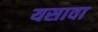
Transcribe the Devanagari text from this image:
यसावा